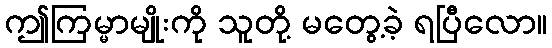
ဤကြမ္မာမျိုးကို သူတို့ မတွေ့ခဲ့ ရပြီလော။